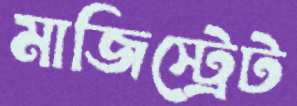
মাজিস্ট্রেট